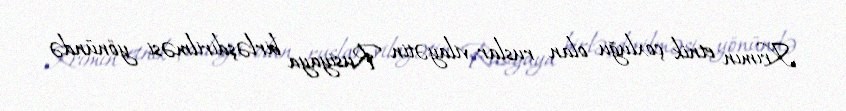
Krımın etnik çoxluğu olan ruslar vilayətin Rusiyaya birləşdirilməsi yönündə